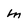
Character: m